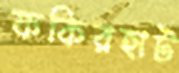
ফকিরহাট